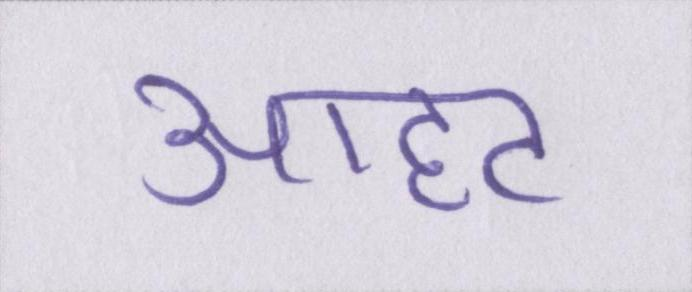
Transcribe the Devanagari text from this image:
आहट